Problem: 9 ÷ 9 = ?
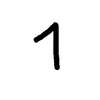
Handwritten answer: 1